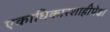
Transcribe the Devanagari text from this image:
एकाधिकारशाहीपेक्षा